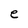
Character: e